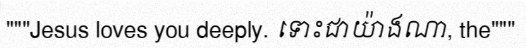
"""Jesus loves you deeply. ទោះជាយ៉ាងណា, the"""